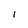
Character: I